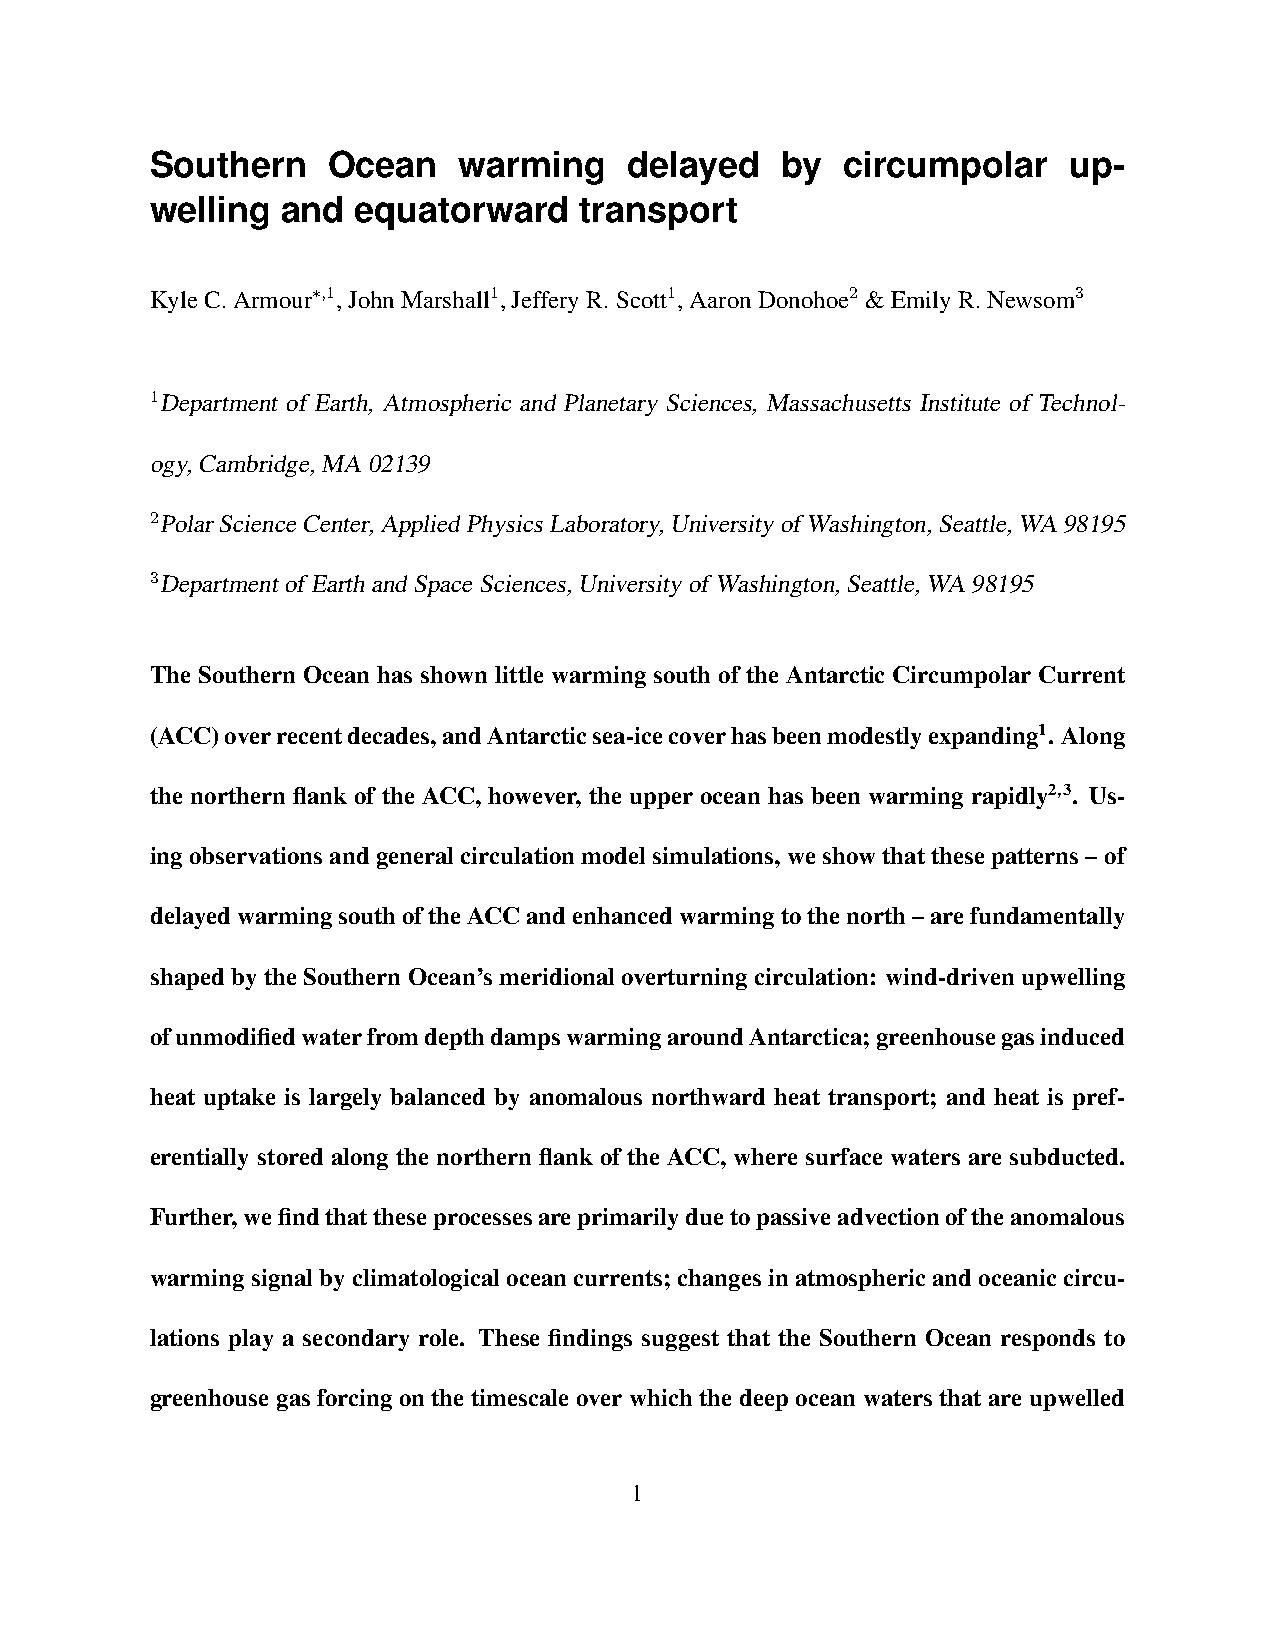
Southern    Ocean   warming     delayed   by  circumpolar    up-
 welling  and  equatorward   transport
 KyleC.Armour∗,1,JohnMarshall1,JefferyR.Scott1,AaronDonohoe2 &EmilyR.Newsom3
 1Department of Earth, Atmospheric and Planetary Sciences, Massachusetts Institute of Technol-
 ogy,Cambridge,MA02139
 2PolarScienceCenter,AppliedPhysicsLaboratory,UniversityofWashington,Seattle,WA98195
 3DepartmentofEarthandSpaceSciences,UniversityofWashington,Seattle,WA98195
 The Southern Ocean has shown little warming south of the Antarctic Circumpolar Current
 (ACC)overrecentdecades,andAntarcticsea-icecoverhasbeenmodestlyexpanding1. Along
 the northern flank of the ACC, however, the upper ocean has been warming rapidly2,3. Us-
 ingobservationsandgeneralcirculationmodelsimulations,weshowthatthesepatterns–of
 delayedwarmingsouthoftheACCandenhancedwarmingtothenorth–arefundamentally
 shaped by the Southern Ocean’s meridional overturning circulation: wind-driven upwelling
 ofunmodifiedwaterfromdepthdampswarmingaroundAntarctica;greenhousegasinduced
 heat uptake is largely balanced by anomalous northward heat transport; and heat is pref-
 erentially stored along the northern flank of the ACC, where surface waters are subducted.
 Further,wefindthattheseprocessesareprimarilyduetopassiveadvectionoftheanomalous
 warmingsignalbyclimatologicaloceancurrents;changesinatmosphericandoceaniccircu-
 lations play a secondary role. These findings suggest that the Southern Ocean responds to
 greenhouse gas forcing on the timescale over which the deep ocean waters that are upwelled
 1